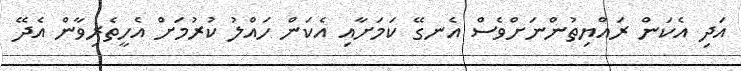
އަދި އެކަން ރައްޔިތުންނަށްވެސް އެނގޭ ކަމަށާއި އެކަން ހައްލު ކުރުމަށް އެހީތެރިވާން އެދޭ